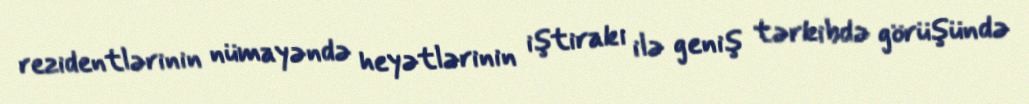
rezidentlərinin nümayəndə heyətlərinin iştirakı ilə geniş tərkibdə görüşündə